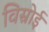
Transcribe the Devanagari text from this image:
विस्रोई